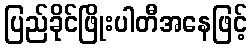
ပြည်ခိုင်ဖြိုးပါတီအနေဖြင့်